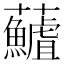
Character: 𮓖